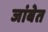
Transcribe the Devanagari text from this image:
जांबेत